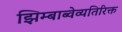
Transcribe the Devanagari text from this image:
झिम्बाब्वेव्यतिरिक्त